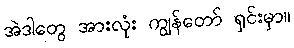
အဲဒါတွေ အားလုံး ကျွန်တော် ရှင်းမှာ။